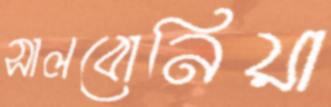
সালবোনিয়া